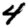
Digit: 4